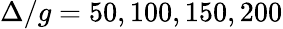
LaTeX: \Delta/g=50,100,150,200